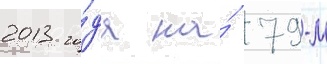
2013 го́да на́ 79-м